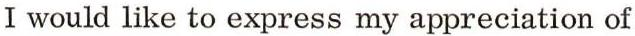
I would like to express my appreciation of